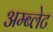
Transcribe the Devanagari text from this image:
अम्ब्लेट